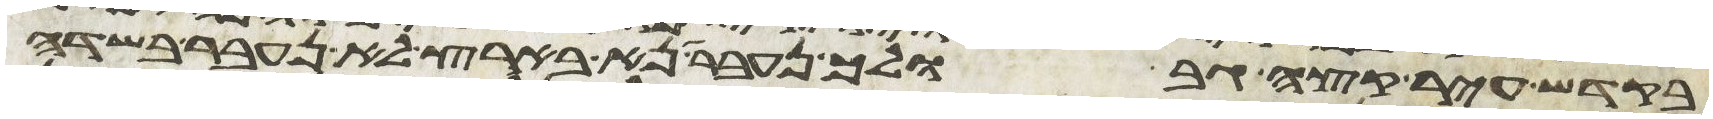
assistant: בקדש עיר קצה גבולך נעבר נא בארצך לא נעבר בשדה